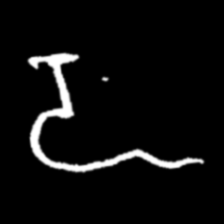
Pyu character \u2014 Myanmar letter: ဍ (romanized: dda)